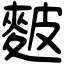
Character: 麬